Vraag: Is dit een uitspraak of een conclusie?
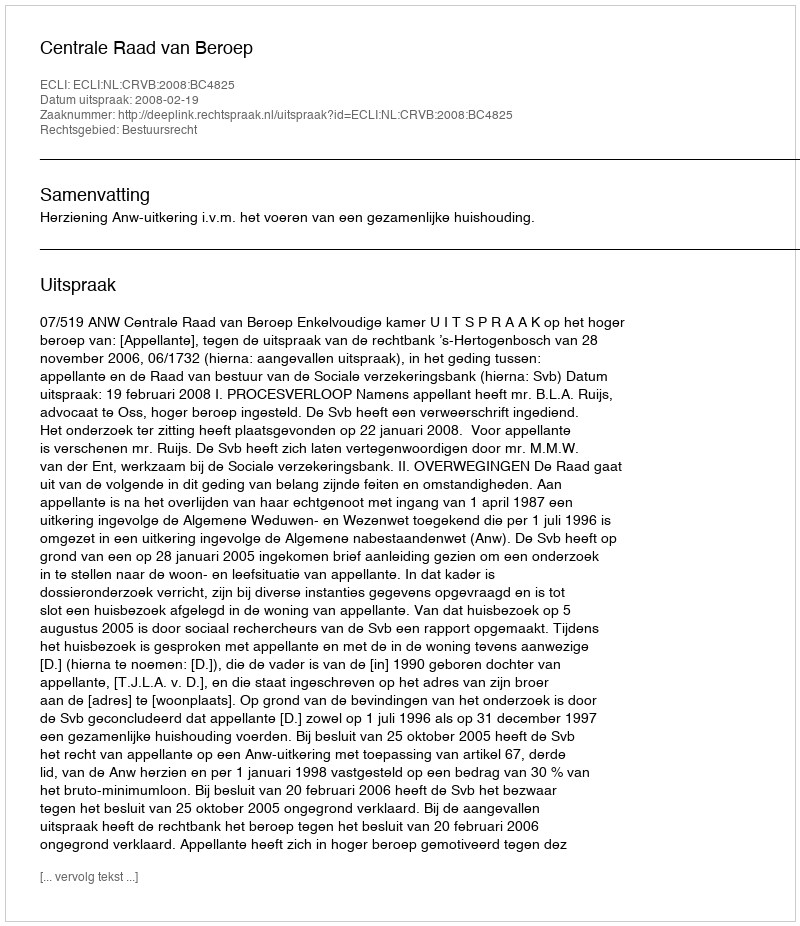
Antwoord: Uitspraak